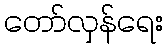
တော်လှန်ရေး